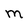
Character: M